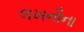
લખનૌના